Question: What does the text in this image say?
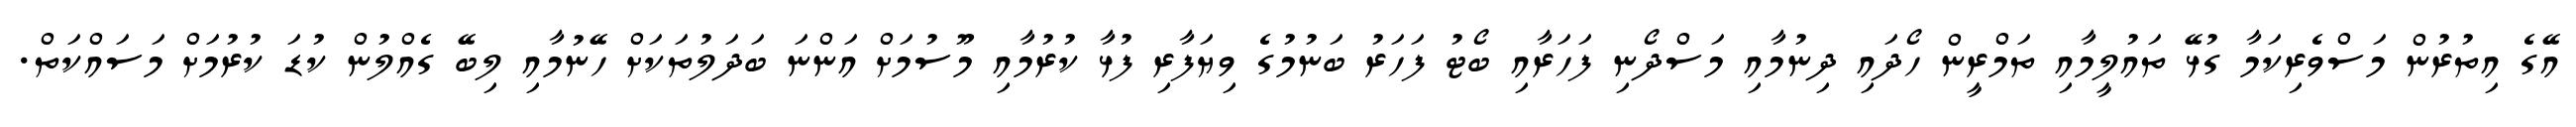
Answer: އޭގެ އިތުރުން މަސްވެރިކަމާ ގުޅޭ ތައުލީމާއި ތަމްރީން ހޯދައި ދިނުމާއި މަސްދޯނި ފަހަރާއި ބޯޓު ފަހަރު ބަނުމުގެ ވިޔަފާރި ފުޅާ ކުރުމާއި މޫސުމަށް އަންނަ ބަދަލުތަކަށް ހޭނުމާއި ލިބޭ ގެއްލުން ކުޑަ ކުރުމަށް މަސައްކަތް.